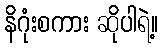
နိဂုံးစကား ဆိုပါရဲ့။